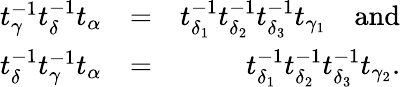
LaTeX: \begin{array}{rlr}{t_{\gamma}^{-1}t_{\delta}^{-1}t_{\alpha}}&{=}&{t_{\delta_{1}}^{-1}t_{\delta_{2}}^{-1}t_{\delta_{3}}^{-1}t_{\gamma_{1}}\quad\mathrm{and}}\\ {t_{\delta}^{-1}t_{\gamma}^{-1}t_{\alpha}}&{=}&{t_{\delta_{1}}^{-1}t_{\delta_{2}}^{-1}t_{\delta_{3}}^{-1}t_{\gamma_{2}}.}\end{array}